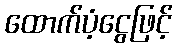
ထောက်ပံ့ငွေဖြင့်